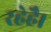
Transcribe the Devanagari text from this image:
रहेहै।